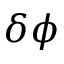
\delta \phi